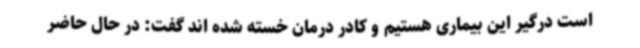
است درگیر این بیماری هستیم و کادر درمان خسته شده اند گفت: در حال حاضر